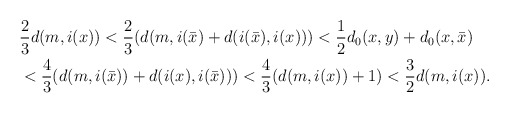
\begin{align*}& \frac{2}{3}d(m,i(x))<\frac{2}{3}(d(m,i(\bar{x})+d(i(\bar{x}),i(x)))<\frac{1}{2}d_0(x,y)+d_0(x,\bar{x})\\& <\frac{4}{3}(d(m,i(\bar{x}))+d(i(x),i(\bar{x})))<\frac{4}{3}(d(m,i(x))+1)<\frac{3}{2}d(m,i(x)).\end{align*}